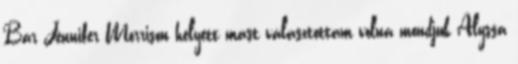
Bár Jennifer Morrison helyett mást választottam volna mondjuk Alyssa